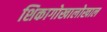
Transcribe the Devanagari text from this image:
शिकागोखालोखाल